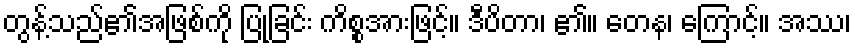
တွန့်သည်၏အဖြစ်ကို ပြုခြင်း ကိစ္စအားဖြင့်။ ဒီပိတာ၊ ၏။ တေန၊ ကြောင့်။ အဿ၊